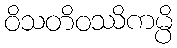
ဝိသတိဝဿိကမ္ပိ